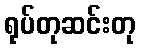
ရုပ်တုဆင်းတု